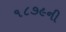
૧૮૭૯ની